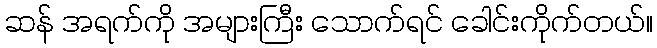
ဆန် အရက်ကို အများကြီး သောက်ရင် ခေါင်းကိုက်တယ်။